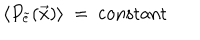
LaTeX: \langle P _ { \tilde { e } } ( \vec { x } ) \rangle ~ = ~ \mathrm { c o n s t a n t }